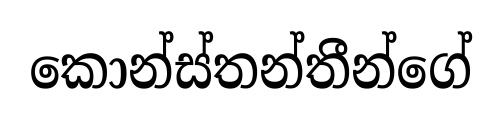
කොන්ස්තන්තීන්ගේ